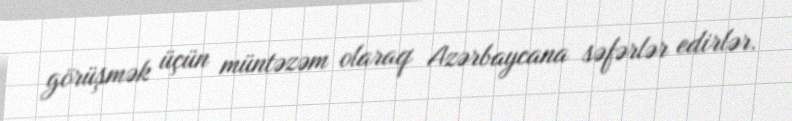
görüşmək üçün müntəzəm olaraq Azərbaycana səfərlər edirlər.